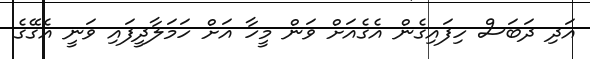
އަދި ދަބަސް ހިފައިގެން އެގެއަށް ވަން މީހާ އަށް ހަމަލާދީފައި ވަނީ އެގޭގެ